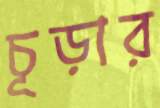
চূড়ার